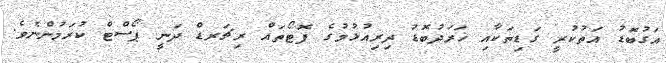
އަގުބޮޑު އަތުކުރީ ގަޑިތަކާއި ޚަރަދުބޮޑު ދިރިއުޅުމުގެ ފޮޓޯތައް ރިޗަރޑް ދަނީ ޕޯސްޓް ކުރަމުންނެވެ.